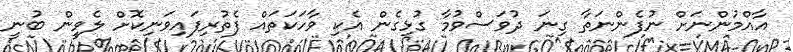
އާއްމުންނަށް ނުފެންނަތާ ގިނަ ދުވަސްވުމާ ގުޅިގެން އެކި ވާހަކަތައް ފެތުރިފައިވަނިކޮށް ލެވީން ބުނީ